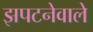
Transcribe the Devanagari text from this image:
झपटनेवाले